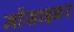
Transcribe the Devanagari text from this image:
मोंसाइनर